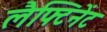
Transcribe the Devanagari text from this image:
लैफ्टिनेंट